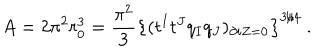
A = 2 \pi ^ { 2 } r _ { 0 } ^ { 3 } = { \frac { \pi ^ { 2 } } { 3 } } \left\{ ( t ^ { I } t ^ { J } q _ { I } q _ { J } ) _ { \partial i Z = 0 } \right\} ^ { 3 / 4 } \ .